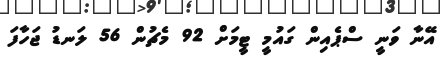
އޭނާ ވަނީ ސްޕެއިން ގައުމީ ޓީމަށް 92 މެޗުން 56 ލަނޑު ޖަހާފަ